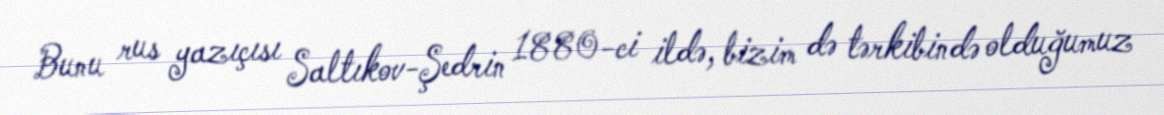
Bunu rus yazıçısı Saltıkov-Şedrin 1880-ci ildə, bizim də tərkibində olduğumuz